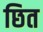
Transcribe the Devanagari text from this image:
छित